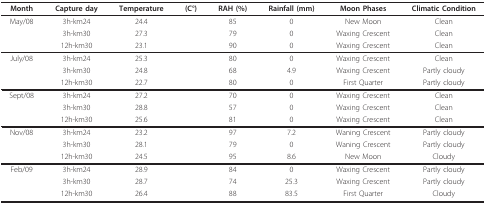
<table><thead><tr><td><b>Month</b></td><td><b>Capture day</b></td><td><b>Temperature</b></td><td><b>(C°)</b></td><td><b>RAH (%)</b></td><td><b>Rainfall (mm)</b></td><td><b>Moon Phases</b></td><td><b>Climatic Condition</b></td></tr></thead><tbody><tr><td>May/08</td><td>3h-km24</td><td>24.4</td><td></td><td>85</td><td>0</td><td>New Moon</td><td>Clean</td></tr><tr><td></td><td>3h-km30</td><td>27.3</td><td></td><td>79</td><td>0</td><td>Waxing Crescent</td><td>Clean</td></tr><tr><td></td><td>12h-km30</td><td>23.1</td><td></td><td>90</td><td>0</td><td>Waxing Crescent</td><td>Clean</td></tr><tr><td>July/08</td><td>3h-km24</td><td>25.3</td><td></td><td>80</td><td>0</td><td>Waxing Crescent</td><td>Clean</td></tr><tr><td></td><td>3h-km30</td><td>24.8</td><td></td><td>68</td><td>4.9</td><td>Waxing Crescent</td><td>Partly cloudy</td></tr><tr><td></td><td>12h-km30</td><td>22.7</td><td></td><td>80</td><td>0</td><td>First Quarter</td><td>Partly cloudy</td></tr><tr><td>Sept/08</td><td>3h-km24</td><td>27.2</td><td></td><td>70</td><td>0</td><td>Waxing Crescent</td><td>Clean</td></tr><tr><td></td><td>3h-km30</td><td>28.8</td><td></td><td>57</td><td>0</td><td>Waxing Crescent</td><td>Clean</td></tr><tr><td></td><td>12h-km30</td><td>25.6</td><td></td><td>81</td><td>0</td><td>Waxing Crescent</td><td>Clean</td></tr><tr><td>Nov/08</td><td>3h-km24</td><td>23.2</td><td></td><td>97</td><td>7.2</td><td>Waning Crescent</td><td>Partly cloudy</td></tr><tr><td></td><td>3h-km30</td><td>28.1</td><td></td><td>79</td><td>0</td><td>Waning Crescent</td><td>Partly cloudy</td></tr><tr><td></td><td>12h-km30</td><td>24.5</td><td></td><td>95</td><td>8.6</td><td>New Moon</td><td>Cloudy</td></tr><tr><td>Feb/09</td><td>3h-km24</td><td>28.9</td><td></td><td>84</td><td>0</td><td>Waxing Crescent</td><td>Partly cloudy</td></tr><tr><td></td><td>3h-km30</td><td>28.7</td><td></td><td>74</td><td>25.3</td><td>Waxing Crescent</td><td>Partly cloudy</td></tr><tr><td></td><td>12h-km30</td><td>26.4</td><td></td><td>88</td><td>83.5</td><td>First Quarter</td><td>Cloudy</td></tr></tbody></table>